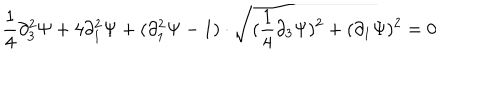
\frac { 1 } { 4 } \partial _ { 3 } ^ { 2 } \Psi + 4 \partial _ { 1 } ^ { 2 } \Psi + ( \partial _ { 1 } ^ { 2 } \Psi - 1 ) \cdot \sqrt { ( \frac { 1 } { 4 } \partial _ { 3 } \Psi ) ^ { 2 } + ( \partial _ { 1 } \Psi ) ^ { 2 } } = 0